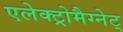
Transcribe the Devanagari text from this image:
एलेक्ट्रोमैग्नेट्